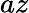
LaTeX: az